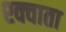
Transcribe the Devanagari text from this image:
श्क्वाता